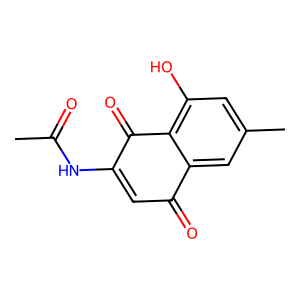
SMILES: CC(=O)NC1=CC(=O)c2cc(C)cc(O)c2C1=O
Inhibits HIV replication: No